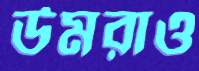
উমরাও